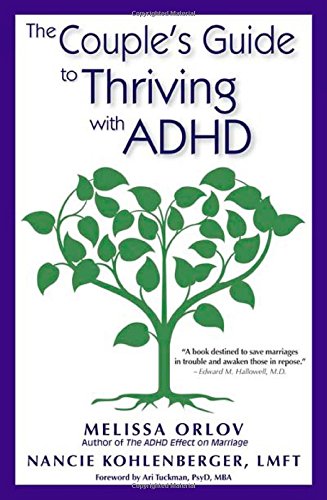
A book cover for The Couple's Guide to Thriving with ADHD; Melissa Orlov; Medical Books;